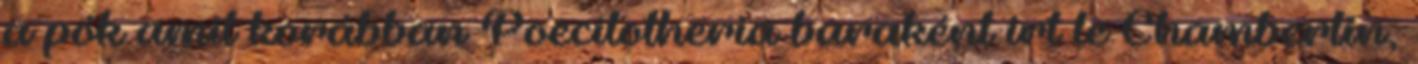
a pók amit korábban Poecilotheria baraként írt le Chamberlin,